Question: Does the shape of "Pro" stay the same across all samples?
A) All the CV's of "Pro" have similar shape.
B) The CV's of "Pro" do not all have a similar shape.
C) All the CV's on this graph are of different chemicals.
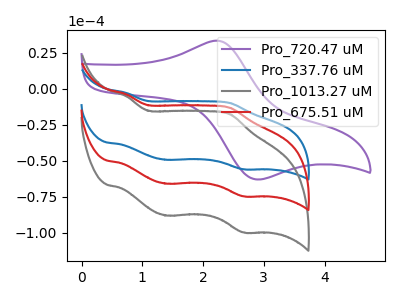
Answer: <think>The purple curve "Pro_720.47 uM" has an anodic peak at (2.20V, 33.40uA) and a cathodic peak at (2.85V, -62.60uA). The blue curve "Pro_337.76 uM" has anodic peaks at (0.75V, -2.95uA) (2.45V, -9.85uA) and cathodic peaks at (1.40V, -49.30uA) (2.65V, -55.85uA). The gray curve "Pro_1013.27 uM" has anodic peaks at (0.75V, -7.90uA) (2.45V, -26.40uA) and cathodic peaks at (1.40V, -131.70uA) (2.65V, -149.30uA). The red curve "Pro_675.51 uM" has anodic peaks at (0.75V, -3.95uA) (2.45V, -13.20uA) and cathodic peaks at (1.40V, -65.85uA) (2.65V, -74.65uA).
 "Pro_720.47 uM" and "Pro_337.76 uM" have a different number of peaks. "Pro_720.47 uM" and "Pro_1013.27 uM" have a different number of peaks. "Pro_720.47 uM" and "Pro_675.51 uM" have a different number of peaks. All the peaks in "Pro_337.76 uM" have a peak in "Pro_1013.27 uM" at the same potential. All the peaks in "Pro_337.76 uM" have a peak in "Pro_675.51 uM" at the same potential. All the peaks in "Pro_1013.27 uM" have a peak in "Pro_675.51 uM" at the same potential.</think>
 <answer>A) All the CV's of "Pro" have similar shape.</answer>
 <eval>A</eval>